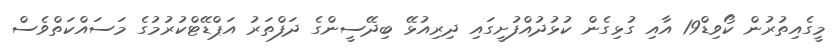
މީގެއިތުރުން ކޯވިޑް19 އާއި ގުޅިގެން ކުޅުދުއްފުށީގައި ދިރިއުޅޭ ބިދޭސީންގެ ދަފްތަރު އަޕްޑޭޓްކުރުމުގެ މަސައްކަތްވެސް